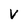
Character: V